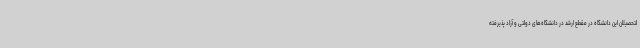
لتحصیلان این دانشگاه در مقطع ارشد در دانشگاه‌های دولتی و آزاد پذیرفته